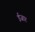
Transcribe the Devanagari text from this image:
ईजार